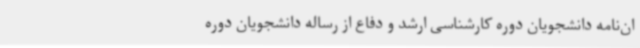
ان‌نامه دانشجویان دوره کارشناسی ارشد و دفاع از رساله دانشجویان دوره